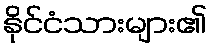
နိုင်ငံသားများ၏